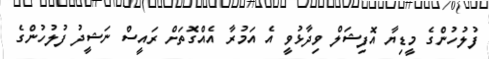
ފުލުހުންގެ މީޑިޔާ އޮފިޝަލް ވިދާޅުވީ އެ އަމުރާ އެއްގޮތަށް ރައީސް ނަޝީދު ފުލުހުންގެ